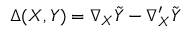
\Delta ( X , Y ) = \nabla _ { X } { \tilde { Y } } - \nabla _ { X } ^ { \prime } { \tilde { Y } }